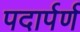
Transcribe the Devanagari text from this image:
पदार्पर्ण